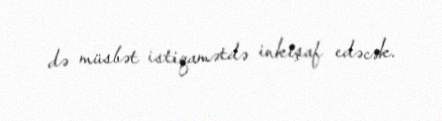
də müsbət istiqamətdə inkişaf edəcək.